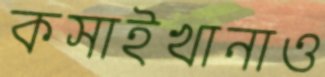
কসাইখানাও